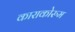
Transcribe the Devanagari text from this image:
काराकोरुम